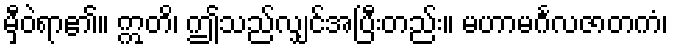
မှီဝဲရာ၏။ ဣတိ၊ ဤသည်လျှင်အပြီးတည်း။ မဟာမင်္ဂလဇာတကံ၊